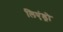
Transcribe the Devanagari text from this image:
लिएंड्रो